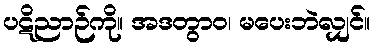
ပဋိညာဉ်ကို။ အဒတွာဝ၊ မပေးဘဲလျှင်။